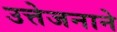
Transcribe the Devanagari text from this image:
उत्तेजनाने